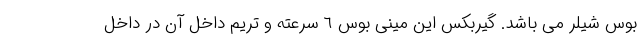
بوس شیلر می باشد. گیربکس این مینی بوس ٦ سرعته و تریم داخل آن در داخل